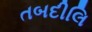
તબદીલિ